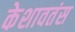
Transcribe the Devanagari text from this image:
केशावतंस